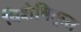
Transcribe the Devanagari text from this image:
विशेषिकृत